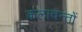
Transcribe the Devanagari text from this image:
कलावन्तों